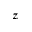
z